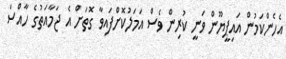
އެހެންކަމުން އައިޕީޔޫން ވަނީ ކުރިން ވެސް އަމަލުކޮށްފައިވާ ގޮތަށް އެ ޖަމާއަތުގެ ހާއްސަ